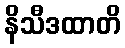
နိသီဒထာတိ